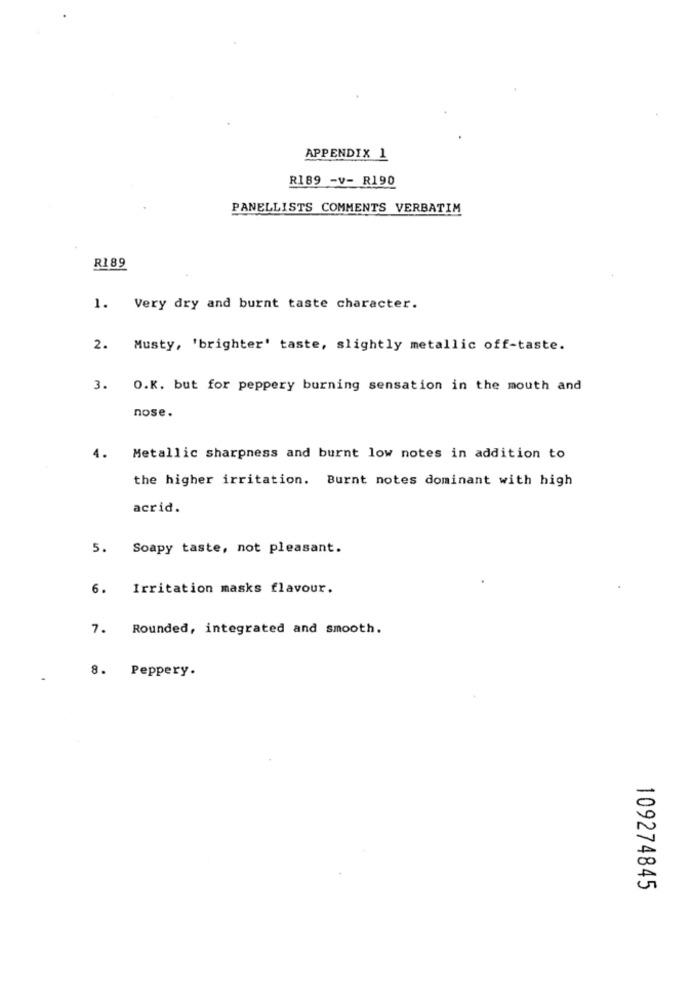
APPENDIX 1
R189 -v- R190
PANELLISTS COMMENTS VERBATIM
R189
1. Very dry and burnt taste character.
2. Musty, 'brighter' taste, slightly metallic off-taste.
3. O.K. but for peppery burning sensation in the mouth and
nose.
4.
Metallic sharpness and burnt low notes in addition to
the higher irritation. Burnt notes dominant with high
acrid.
5.
Soapy taste, not pleasant.
6.
Irritation masks flavour.
7. Rounded, integrated and smooth.
8. Peppery.
109274845